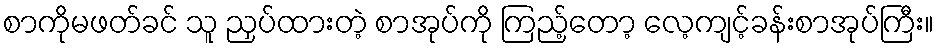
စာကိုမဖတ်ခင် သူ ညှပ်ထားတဲ့ စာအုပ်ကို ကြည့်တော့ လေ့ကျင့်ခန်းစာအုပ်ကြီး။